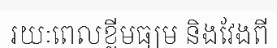
រយៈពេលខ្លីមធ្យម និងវែងពី